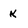
Character: k